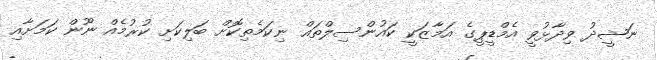
ނަޝީދު ވިދާޅުވީ އެމްޑީޕީގެ އަމާޒަކީ ކައުންސިލްތައް ނިކަމެތިކޮށް ބަލިކަށި ކުރުމެއް ނޫން ކަމަށާއި